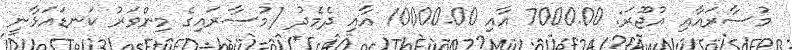
މުސާރައާއި އުޖޫރަ: 7000.00 އާއި 10000.00 އާއި ދެމެދު (މުސާރައިގެ މިންވަރު ކަނޑައަޅާނީ